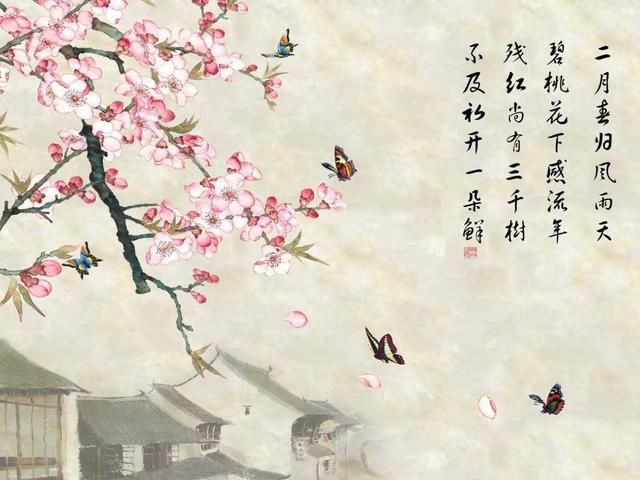
姑苏城外一茅屋，万树梅花月满天。